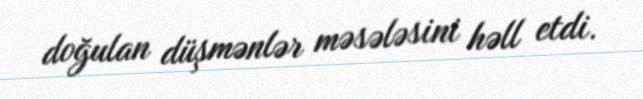
doğulan düşmənlər məsələsini həll etdi.